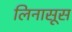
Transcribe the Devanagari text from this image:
लिनासूस